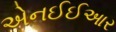
એનઈઈઆર